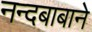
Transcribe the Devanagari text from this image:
नन्दबाबाने